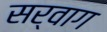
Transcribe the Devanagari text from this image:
सर्वाग